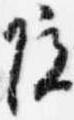
院